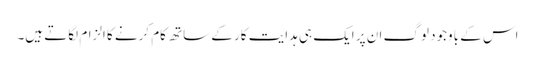
اس کے باوجود لوگ ان پر ایک ہی ہدایت کار کے ساتھ کام کرنے کا الزام لگاتے ہیں۔